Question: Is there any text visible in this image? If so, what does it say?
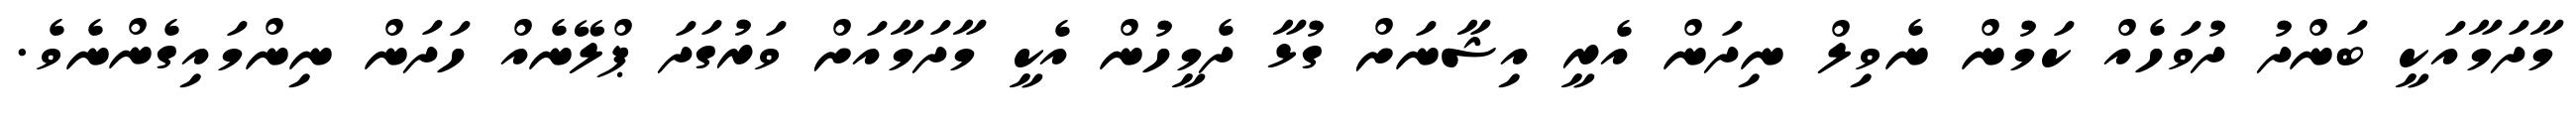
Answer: މާދަމާއަކީ ބަންދު ދުވަހެއް ކަމުން ނެވިލް ނިދަން އެރީ އިޝާނަށް ގުޅާ ދެމީހުން އެކީ މާދަމާއަށް ވަރުގަދަ ޕްލޭނެއް ހަދަން ނިންމައިގެންނެވެ.